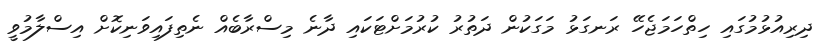
ދިރިއުޅުމުގައި ހިތްހަމަޖެހޭ ރަނގަޅު މަގަކުން ދަތުރު ކުރުމަށްޓަކައި ދާނެ މިސްރާބެއް ނެތިފައިވަނިކޮށް އިސްލާމުވީ